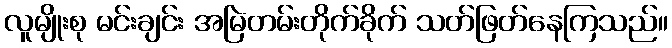
လူမျိုးစု မင်းချင်း အမြဲတမ်းတိုက်ခိုက် သတ်ဖြတ်နေကြသည်။